Vana-Antsla_vallavalitsus, lk 83
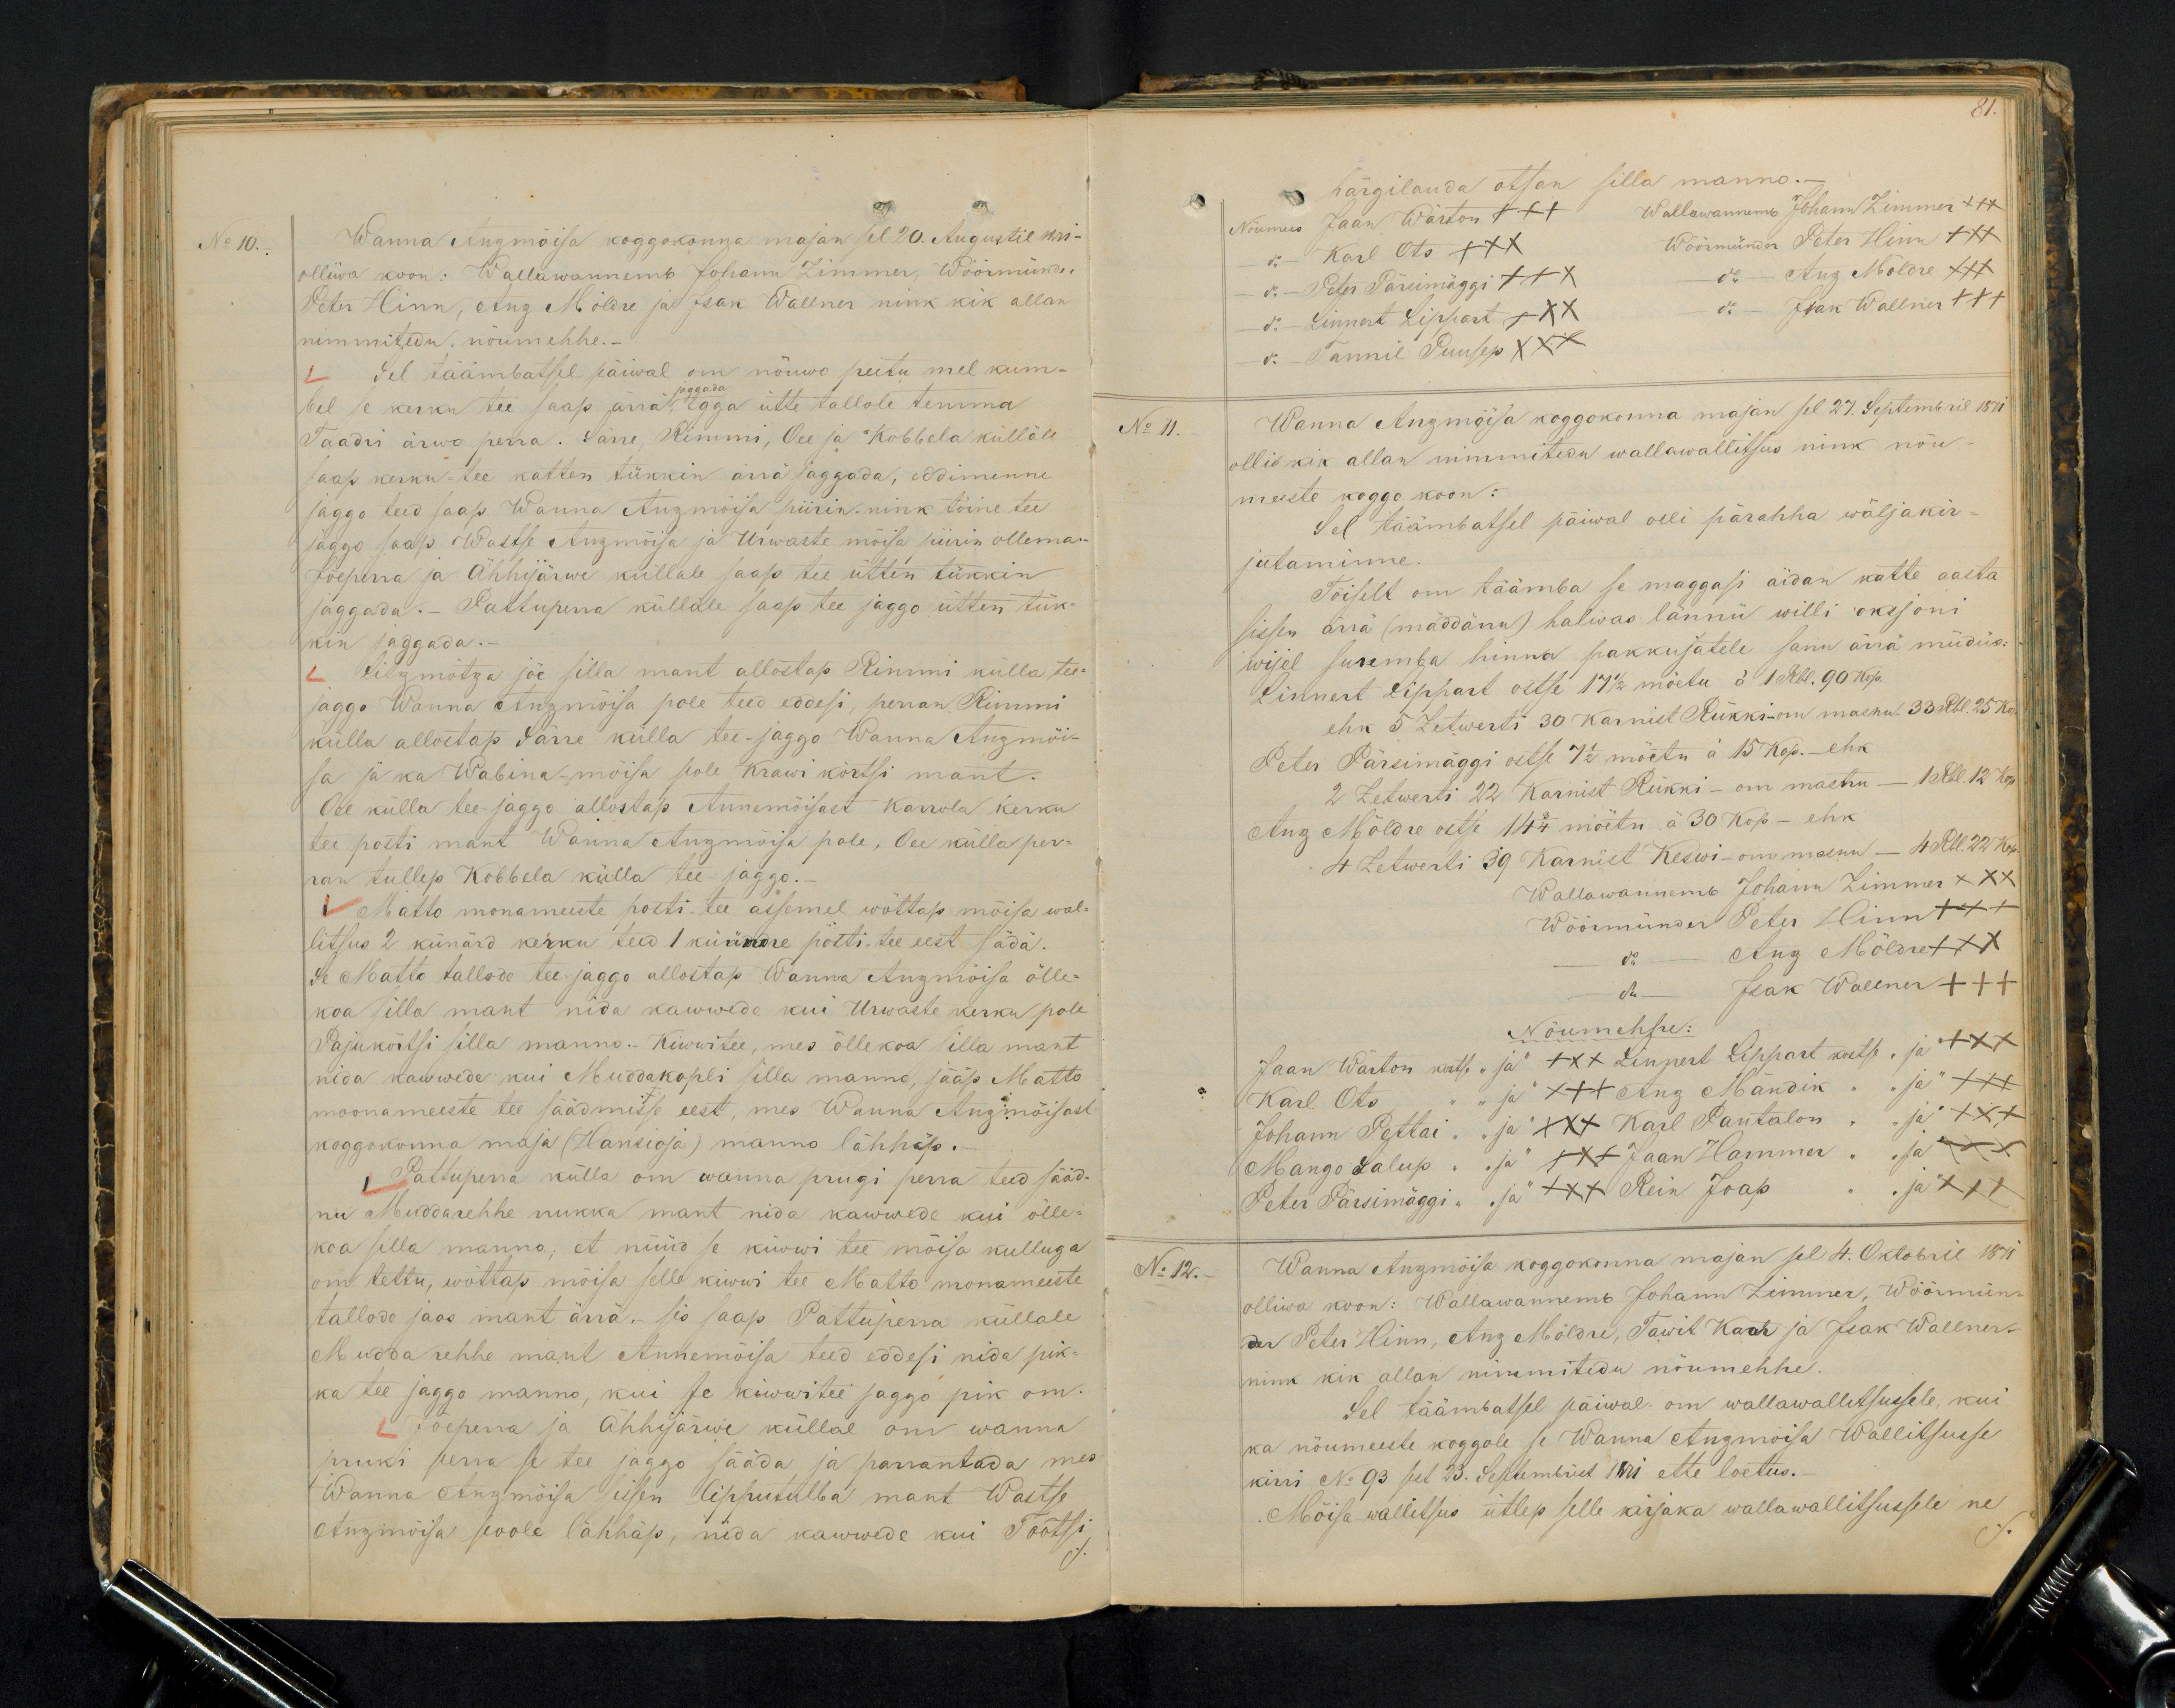
No 10.
Wanna Anzmõisa koggokonna majan sel 20. Augustil 1871 -
olliwa koon: Wallawannemb Johann Zimmer, Wöörmünder
Peter Hinn, Anz Möldre ja Isak Wallner nink kik allan
nimmitudu, nõumehhe.
Sel täämbatsel päiwal om nõuwo peetu mel kum-
bel se kerku tee saap ärral jaggada egga ütte tallole temma
Taadri arwo perra. Särre, Rimmi, Oee ja Kobbela küllale,
No 11.
saap kerku-tee katten tükkin ärrä jaggada, eddimenne
jaggo teed saap Wanna Anzmõisa piirin nink töine tee
jaggo saap Wastse Anzimisa ja Urwaste mõisa piirin ollema
Jõeperra ja Ähhijärwe küllale saap tee ütten tükkin
jaggada. Pattuperra küllale saap tee jaggo ütten tük-
kin jaggada.-
Litzmõtza jõe silla mant allostap Rimmi külla tee-
jaggo. Wanna Anzmõisa pole teed eddesi, perran Rimmi
külla allostap Särre külla tee jaggo Wanna Anzmõi-
sa ja ka Wabina-mõisa pole Krawi kõrtsi mant.
Oee külla tee jaggo allostap Annemõisast Karrola kerku
tee posti mant Wanna Anzmõisa pole, Oee külla per-
ran tullep Kobbela külla tee-jaggo.
Matto monameeste posti-tee assemel wõttap mõisa wal-
litsus 2 künärd kerku teed 1 küündre posti- tee eest sädä.
Se Matto tallode tee jaggo allostap Wanna Anzmõisa ölle-
koa silla mant nida kawwede kui Urwaste kerku pole
Pajukörtsi silla manno.- Kiwwitee, mes õllekoa silla mant-
nida kawwede kui Muddakopli silla manno, jääp Matto
moonameeste tee säädmisse eest, mes Wanna Anzmõisast
koggokonna maja (Hansioja) manno lähhäp.
Pattuperra külla on wanna prugi perra teed sääd-
nu Muddarehhe nukka mant nida kawwede kui õlle-
koa silla manno, et nüüd se kiwwi tee mõisa kulluga
om tettu, wõttap mõisa selle kiwi tee Matto monameeste
tallode jaos mant ärra, sis saap Pattuperra küllale
Mudda rehhe mant Annemõisa teed eddesi nida pik-
ka tee jaggo manno, kui se kiwwitee jaggo pik om.
Jõeperra ja Ähhijärwe küllal om wanna
pruki perra se tee jaggo sääda ja parrantada mes
Wanna Anzmoisa sisen lipputulba mant Wastse
Anzmõisa poole lähhäp, neda kawwede kui Tootsi,

81.
Nõumees Jaan Wärton +++ Wallawannemb Johann Zimmer xxx
härgilauda otsan silla manno.-
do - Karl Ots XXX
Wöörmünder Peter Hinn XXX
do - Peter Pärsimäggi XXX
do - Anz Möldre XXX
do - Linnert Lippart XXX
do - Isak Wallner XXX
do - Tannil Puusep XXX
Wanna Anzmõisa koggokonna majan sel 27. Septembril 1871.
ollid kik allan nimmitedu wallawallitsus nink nõu-
meeste koggo koon:
Sel täämbatsel päiwal olli pärahha wäljakir-
jutaminne.
Tõiselt om täämba se maggasi aidan katte aasta
sissen ärrä (mäddänu) halwas lännü willi oksjoni
wijel suremba hinna pakkujatele sanu ärrä müdüs:
Linnert Lippast ostse 17 1/2 möetu à 1 Rbl. 90 kop.
ehk 5 Zetwerti 30 Karnist Rükki-om masnu 33 Rbl. 25 Ko
Peter Pärsimäggi ostse 7 1/2 möetu à 15 kop. - ehk
2 Zetwerti 22 Karnist Rükki - om mastnu - 1 Rbl. 12 kop.
Anz Möldre ostse 14 3/4 möetu à 30 kop. - ehk
4 Zetwerti 39 Karnist Keswi-om masnu - 4 Rbl. 22 kop.
Wallawannemb Johann Zimmer XXX
Wöörmünder Peter Hinn +++
do - Anz Mõldre XXX
do - Isak Wallner +++
Nöumehhe:
Jaan Wärton kostse "ja" XXX Linnert Lippast kostsa "ja" +++
Karl Ots, "ja" XXX Anz Mändik " ja" XXX
Johann Pettai "ja" XXX Karl Pantalon, " ja" XXX
Mango Salup" "ja" XXX  Jaan Hammer "ja" XXX
Peter Pärsimäggi "ja" XXX Rein Joap "ja" XXX
No 12.
Wanna Anzmõisa koggokonna majan sel. 4.  Oktobril 1871
olliwa koon: Wallawannemb Johann Zimmer, Wöörmün
der Peter Hinn, Anz Möldre, Tawit Kaar ja Isak Wallner
nink kik allan nimmitedu nõumehhe
Sel täämbatsel päiwal om wallawallitsusele, kui
ka nõumeeste koggole se Wanna Anzmõisa Wallitsusse
kirri No 93 sel 23. Septembril 1871 ette loetus.
Mõisa wallitsus ütlep selle kirjaka wallawallitsussele ne